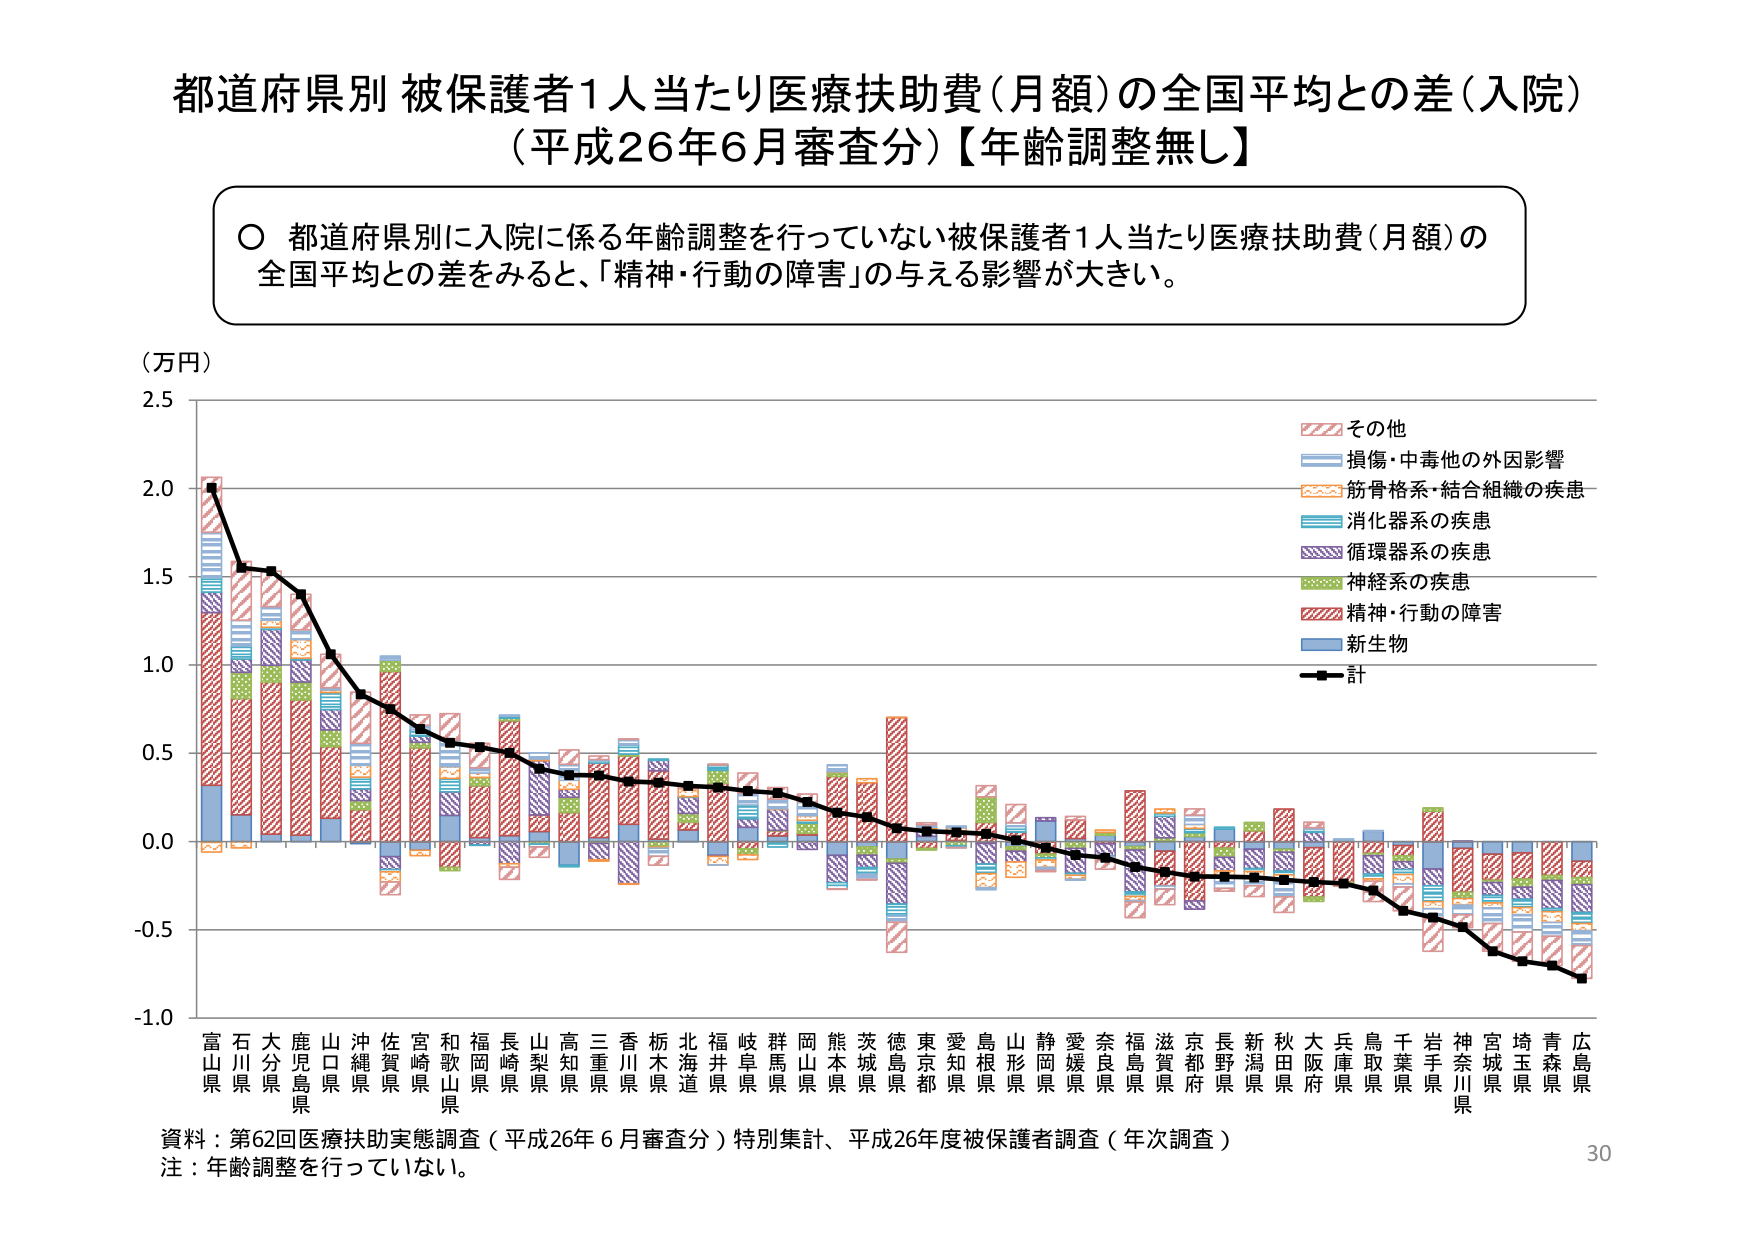
都道府県別 被保護者1人当たり医療扶助費（月額）の全国平均との差（入院）
（平成26年6月審査分）【年齢調整無し】

○ 都道府県別に入院に係る年齢調整を行っていない被保護者1人当たり医療扶助費（月額）の
全国平均との差をみると、「精神・行動の障害」の与える影響が大きい。

（万円）
2.5
2.0
1.5
1.0
0.5
0.0
-0.5
-1.0

その他
損傷・中毒他の外因影響
筋骨格系・結合組織の疾患
消化器系の疾患
循環器系の疾患
神経系の疾患
精神・行動の障害
新生物
計

富山県 石川県 大分県 鹿児島県 山口県 沖縄県 佐賀県 宮崎県 和歌山県 福岡県 長崎県 山梨県 高知県 三重県 香川県 栃木県 北海道 福井県 岐阜県 群馬県 岡山県 熊本県 茨城県 徳島県 東京都 愛知県 島根県 山形県 静岡県 愛媛県 奈良県 福島県 滋賀県 京都府 長野県 新潟県 秋田県 大阪府 兵庫県 鳥取県 岩手県 神奈川県 宮城県 埼玉県 青森県 広島県

資料：第62回医療扶助実態調査（平成26年6月審査分）特別集計、平成26年度被保護者調査（年次調査）
注：年齢調整を行っていない。
30